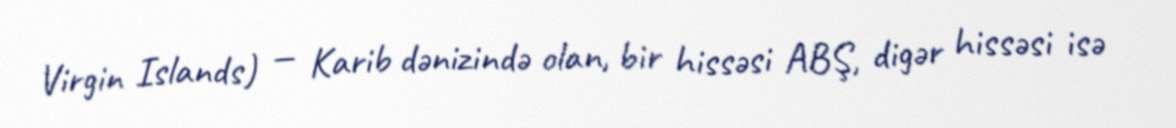
Virgin Islands) — Karib dənizində olan, bir hissəsi ABŞ, digər hissəsi isə